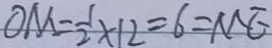
O M = \frac { 1 } { 2 } \times 1 2 = 6 = M E